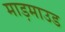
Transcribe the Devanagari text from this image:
माड़माउड